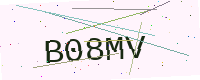
Text: B08MV